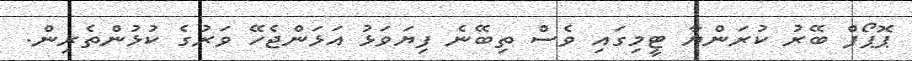
ޕޮޕޯފް ބޭރު ކުރަންޔާ ޓީމިގައި ވެސް ތިބޭނެ ފިޔަވަޅު އަޅަންޖެހޭ ވަރުގެ ކުޅުންތެރިން.